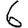
Digit: 6